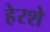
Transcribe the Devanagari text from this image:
हेरशे